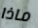
ماذا